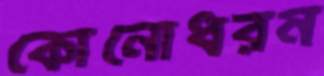
কোনোধরন